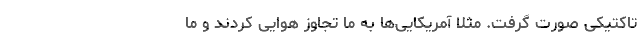
تاکتیکی صورت گرفت. مثلا آمریکایی‌ها به ما تجاوز هوایی کردند و ما